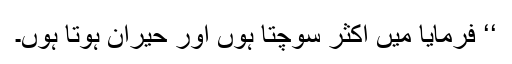
‘‘ فرمایا میں اکثر سوچتا ہوں اور حیران ہوتا ہوں۔